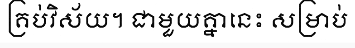
គ្រប់វិស័យ។ ជាមួយគ្នានេះ សម្រាប់